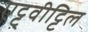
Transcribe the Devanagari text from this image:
एट्टुवीट्टिल